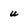
Character: u